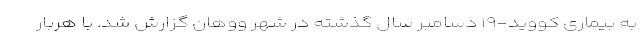
به بیماری کووید-۱۹ دسامبر سال گذشته در شهر ووهان گزارش شد. با هربار